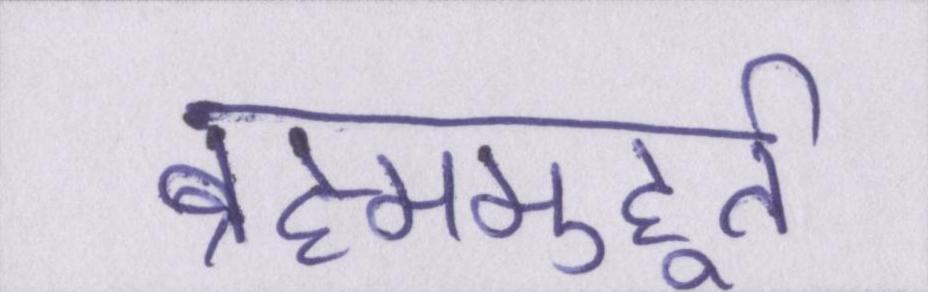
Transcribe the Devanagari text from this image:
ब्रह्ममुहूर्त